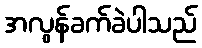
အလွန်ခက်ခဲပါသည်